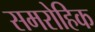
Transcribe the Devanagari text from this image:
समरोहिक